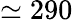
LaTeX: \simeq 290